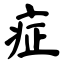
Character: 症